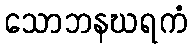
သောဘနဃရကံ